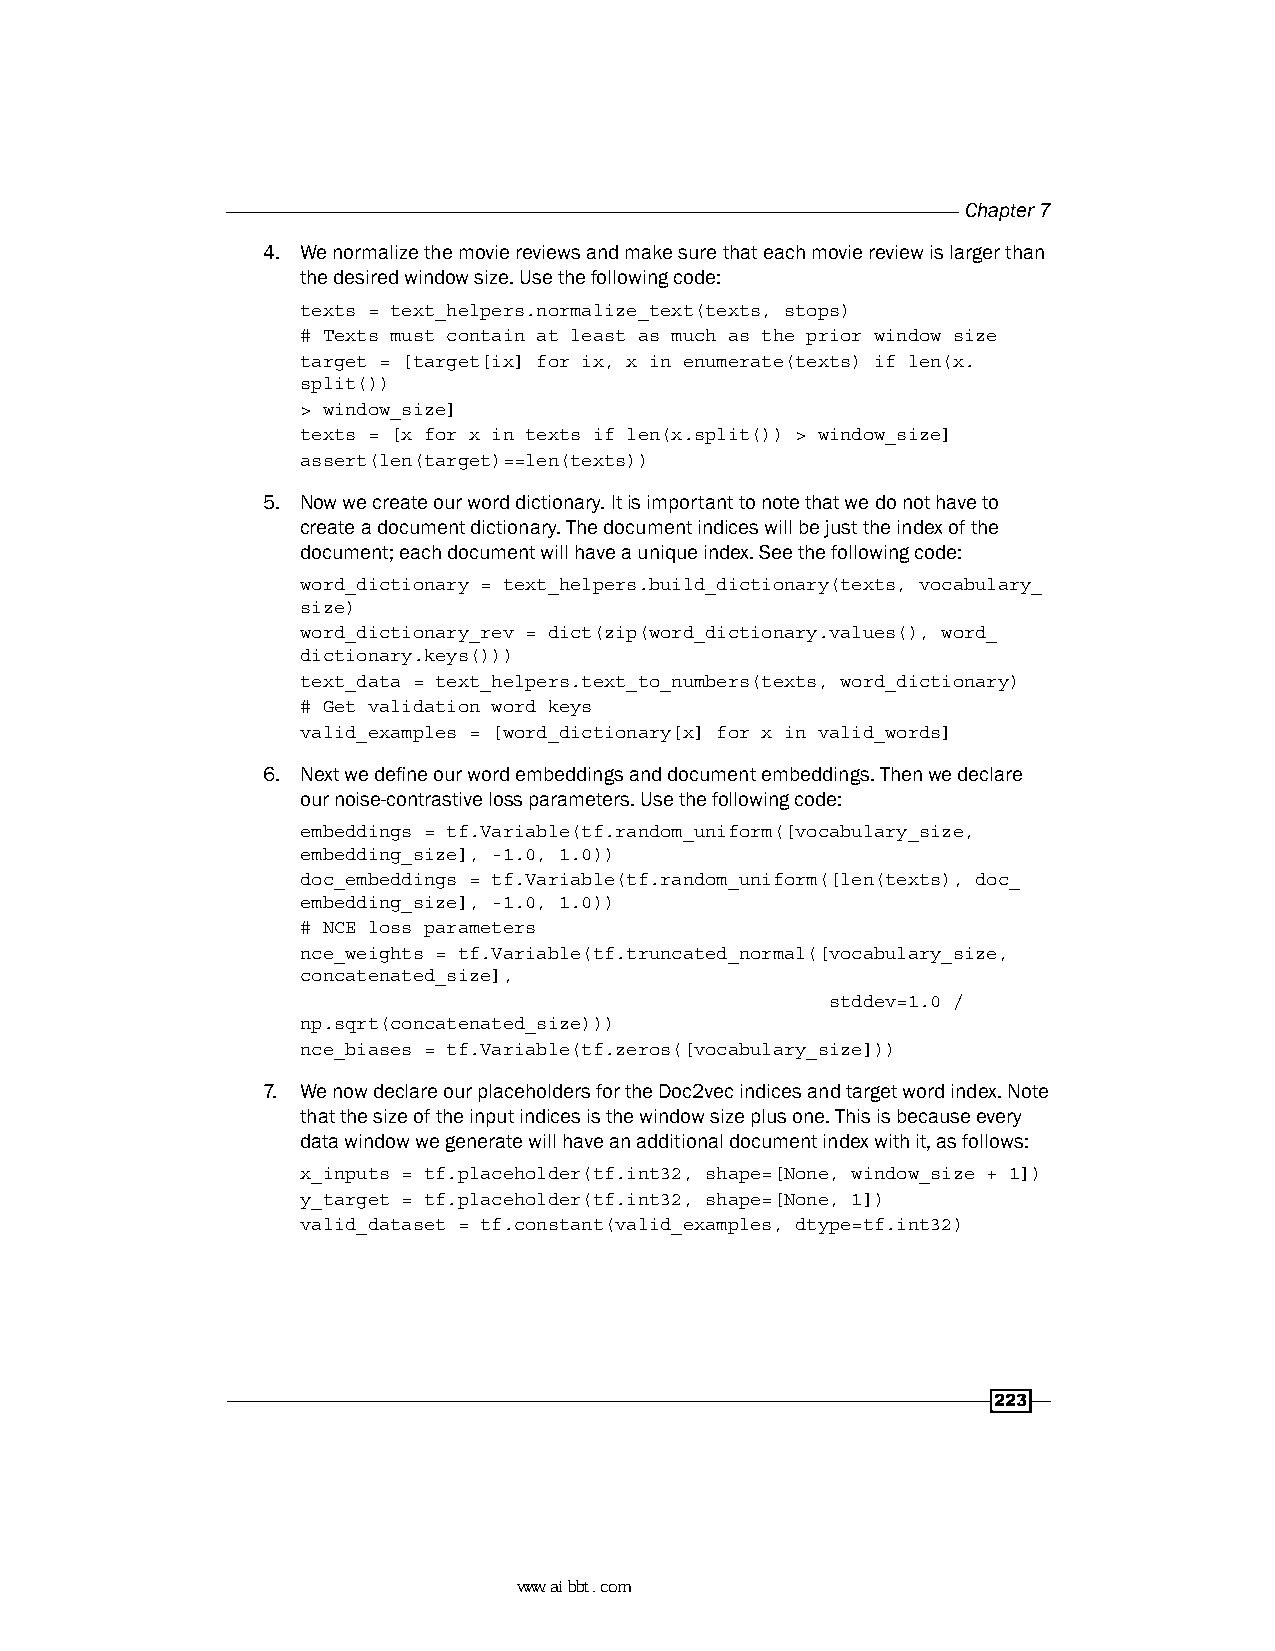
Chapter 7
 4. We normalize the movie reviews and make sure that each movie review is larger than
 the desired window size. Use the following code:
 texts = text_helpers.normalize_text(texts, stops)
 # Texts must contain at least as much as the prior window size
 target = [target[ix] for ix, x in enumerate(texts) if len(x.
 split())
 > window_size]
 texts = [x for x in texts if len(x.split()) > window_size]
 assert(len(target)==len(texts))
 5. Now we create our word dictionary. It is important to note that we do not have to
 create a document dictionary. The document indices will be just the index of the
 document; each document will have a unique index. See the following code:
 word_dictionary = text_helpers.build_dictionary(texts, vocabulary_
 size)
 word_dictionary_rev = dict(zip(word_dictionary.values(), word_
 dictionary.keys()))
 text_data = text_helpers.text_to_numbers(texts, word_dictionary)
 # Get validation word keys
 valid_examples = [word_dictionary[x] for x in valid_words]
 6. Next we define our word embeddings and document embeddings. Then we declare
 our noise-contrastive loss parameters. Use the following code:
 embeddings = tf.Variable(tf.random_uniform([vocabulary_size,
 embedding_size], -1.0, 1.0))
 doc_embeddings = tf.Variable(tf.random_uniform([len(texts), doc_
 embedding_size], -1.0, 1.0))
 # NCE loss parameters
 nce_weights = tf.Variable(tf.truncated_normal([vocabulary_size,
 concatenated_size],
 stddev=1.0 /
 np.sqrt(concatenated_size)))
 nce_biases = tf.Variable(tf.zeros([vocabulary_size]))
 7. We now declare our placeholders for the Doc2vec indices and target word index. Note
 that the size of the input indices is the window size plus one. This is because every
 data window we generate will have an additional document index with it, as follows:
 x_inputs = tf.placeholder(tf.int32, shape=[None, window_size + 1])
 y_target = tf.placeholder(tf.int32, shape=[None, 1])
 valid_dataset = tf.constant(valid_examples, dtype=tf.int32)
 223
 www.aibbt.com 让未来触手可及